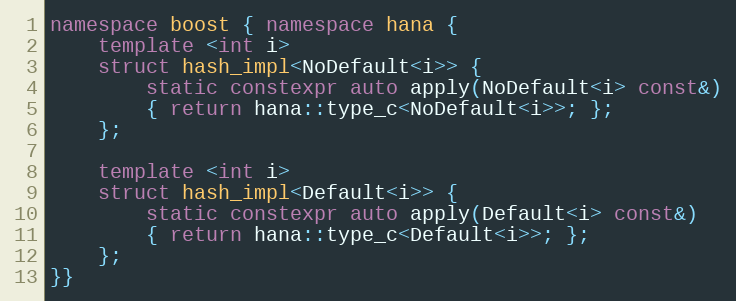
Language: C++
namespace boost { namespace hana {
    template <int i>
    struct hash_impl<NoDefault<i>> {
        static constexpr auto apply(NoDefault<i> const&)
        { return hana::type_c<NoDefault<i>>; };
    };

    template <int i>
    struct hash_impl<Default<i>> {
        static constexpr auto apply(Default<i> const&)
        { return hana::type_c<Default<i>>; };
    };
}}